Statistical return of the lunatic asylum in Assam - 1912-1932
Year: 1912
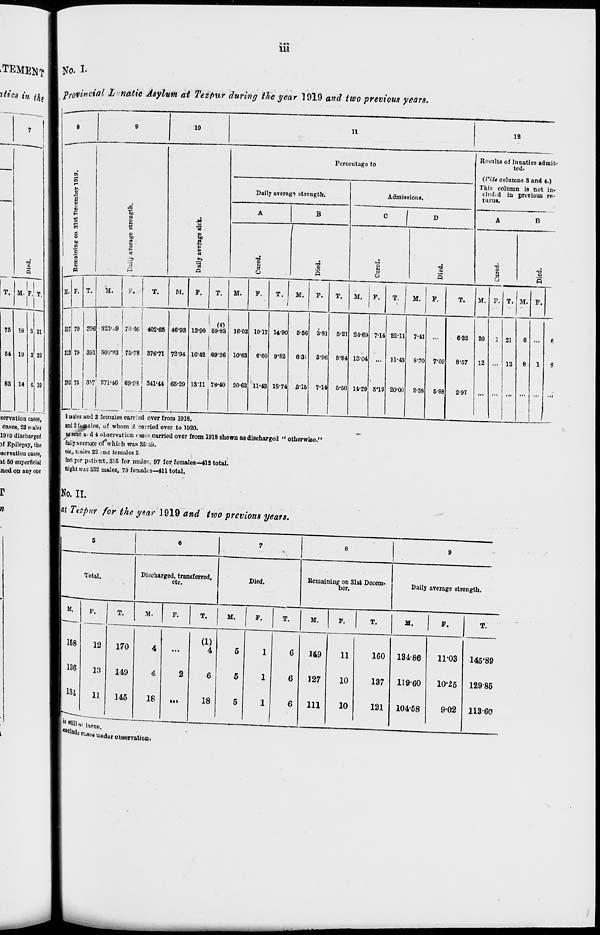
Ill
TEMENT li $* L
II provincial L natie Asylum at Tezfiur during the year 1919 and two previous years.
T.
75
54
M. P. 1 T.
18
19
83 14
21
22
G 10
serration cases,
cases, 22 n>aleg
1919 discharged
jf Epilepsy, the
isorvation cases,
it 60 superficial
ned on iiny one
r
n
e
9
10
11
12
Percentage to
Results of lunatics admit-
ted.
to r-l
O
r-i
X.
1 ■
P
*
a
°
P
1 I
fa
i
I
u
51!
!
r
M
o
to
6
g
■
(J'idt columns 3 and 4.)
Daily average strength.
Admissions.
This column is not
child in previous
turus.
in»
re-
A
B
C
f D
A
B
<6
p
•a s
s
■a
5
T5
0
Q
s
M. F. T. Ttf.
P.
T.
M.
P.
T.
M.
F.
T.
i
M.
P.
T.
M. j P.
1
T.
M.
F.
T.
M. F. T. M. F.
317 79 39f
1 ,
!
! 323'.;9 ; 7S-U6 402-65 46-93 12-90
(4)
59-83 16-02 10-17 14-90 5-66 3-81 5-21 21-69 7'14 22-11 7-41 ...
6-32
20
1 21
6 ...
6
812 79 391 800 , 9& 75-78 376-71 72-04 16-42 69-36 10'63 6-60 9-82
631 3-96 5*84 13-04 ... 11-43 8-70 7*69
8-57
12 ... 12
8
1
9
1 282 75 3* " 271-46 69-03 341-44 65-29 13-11 78-40 20-63 11-43 18-74 6-16 7-14 6-56 14-29 5'19 20-00 2-38 5-88
2-97
... ... ... ... .„ ...
II—
8males and 2 females carried over from 1918.
and 2 iMpales, uf whom 2 carried over to 1920.
S3 sane a> d 4 observation < ascs carried over from 1918 shown as discharged " otherwise.'
doiij itveragc oi which was 35-iy.
vi:„ males 22 and females 2
feet rer p.timt,816 for males, 97 for females—412 total.
tight KM 332 males, 79 females—411 total.
No. II.
m Ttzpar for the year J919 and two previous years.
Total.
M.
168
136
131
P,
12
13
11
T.
Discharged, transferred,
etc.
Died.
M.
F.
Beniainiug on 31st Decem-
ber.
Daily average strength.
T. I M.
F.
T.
M.
F.
170
149
145
4
4
18
2
(1)
4
18
M.
F.
T.
6
r^ttUarw.
149
127
111
11
160
10
137
10
121
13486
11-03 145*89
119-60
10-25 12985
104-58
9-02 113-60
! <*elod fc p^aea uudor observation.